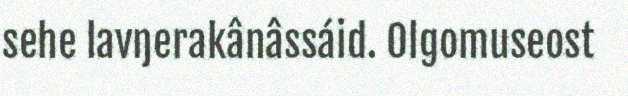
sehe lavŋerakânâssáid. Olgomuseost